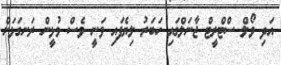
އަދި ވޯލް ސްޓްރީޓް ޖާނަލްގައި ހަބަރު ލިޔެފައި ވަނީ ވެސް މުޅީން ރަނގަޅަށް